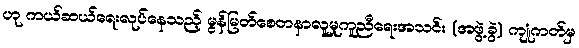
ဟု ကယ်ဆယ်ရေးလုပ်နေသည့် မွန်မြတ်စေတနာလူမှုကူညီရေးအသင်း (အဖွဲ့ခွဲ) ကျုံကတ်မှ